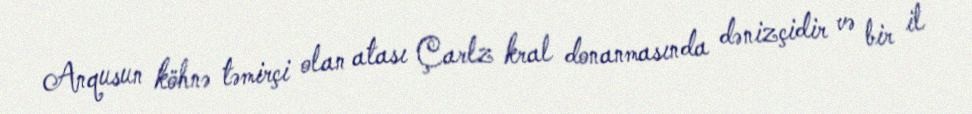
Anqusun köhnə təmirçi olan atası Çarlz kral donanmasında dənizçidir və bir il